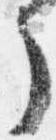
了